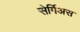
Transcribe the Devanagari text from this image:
सेर्गिअस